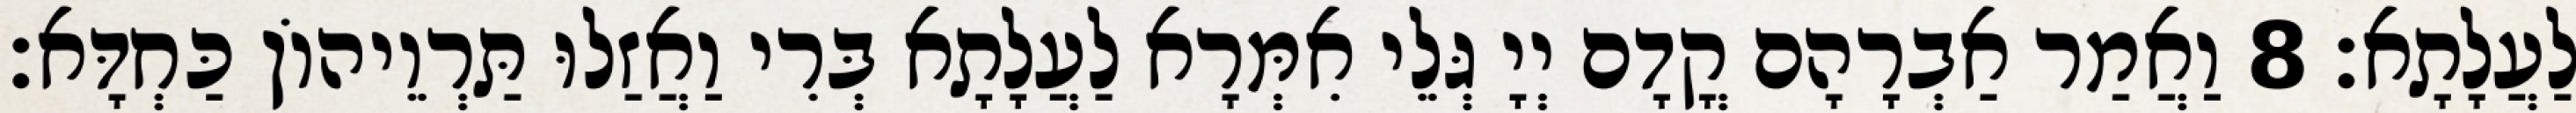
לַעֲלָתָא׃ 8 וַאֲמַר אַבְרָהָם קֳדָם יְיָ גְּלֵי אִמְּרָא לַעֲלָתָא בְּרִי וַאֲזַלוּ תַּרְוֵיהוֹן כַּחְדָּא׃